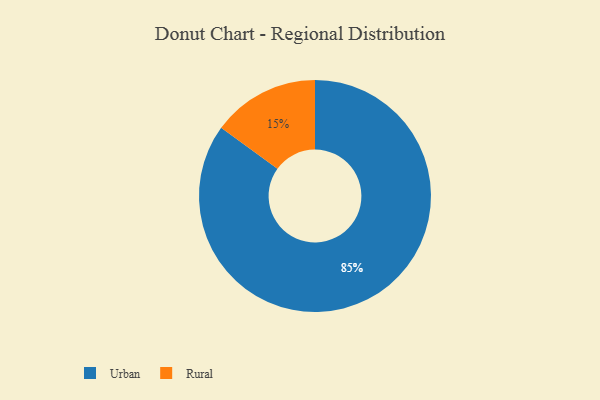
{"axis": {"x": "Category", "y": "Percentage"}, "legend": ["Rural", "Urban"], "data": [{"x": "Rural", "y": 15, "type": "Rural"}, {"x": "Urban", "y": 85, "type": "Urban"}]}